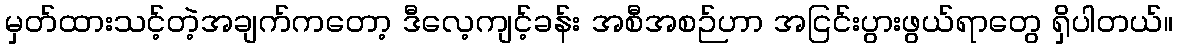
မှတ်ထားသင့်တဲ့အချက်ကတော့ ဒီလေ့ကျင့်ခန်း အစီအစဉ်ဟာ အငြင်းပွားဖွယ်ရာတွေ ရှိပါတယ်။